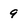
Character: 9